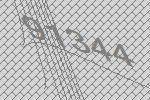
91344